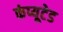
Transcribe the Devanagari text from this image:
कंप्यूटेड